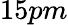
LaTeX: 15pm